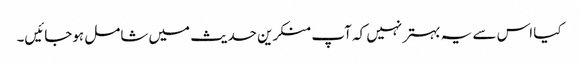
کیا اس سے یہ بہتر نہیں کہ آپ منکرین حدیث میں شامل ہوجائیں۔